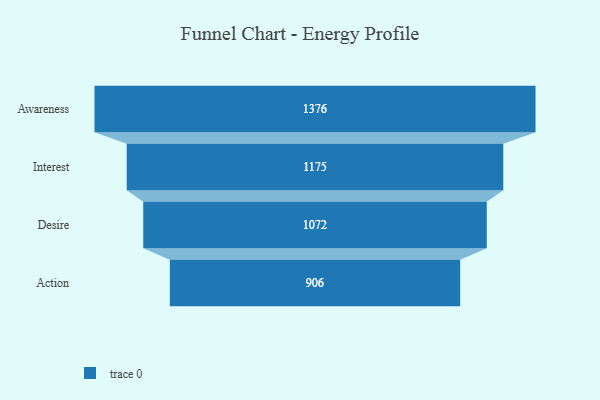
{"axis": {"x": "Stage", "y": "Value"}, "legend": [""], "data": [{"x": "Awareness", "y": 1376.0, "type": ""}, {"x": "Interest", "y": 1175.0, "type": ""}, {"x": "Desire", "y": 1072.0, "type": ""}, {"x": "Action", "y": 906.0, "type": ""}]}